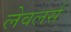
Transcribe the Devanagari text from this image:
लेवलर्स